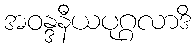
အဝန္ဒနီယပုဂ္ဂလာဒိ